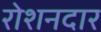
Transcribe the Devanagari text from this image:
रोशनदार